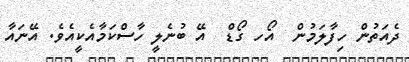
ދެއަތުން ހިފާލަމުން  އޯހ ގޯޑް  އޭ ބުނެލީ ހާސްކަމާއެކީއެވެ. އޭނައާ